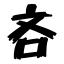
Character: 吝